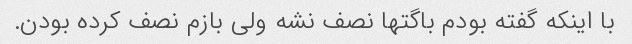
با اینکه گفته بودم باگتها نصف نشه ولی بازم نصف کرده بودن.